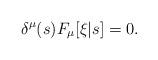
LaTeX: \begin{align*}\delta^\mu(s) F_\mu[\xi|s] = 0.\end{align*}